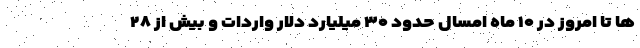
ها تا امروز در ۱۰ ماه امسال حدود ۳۰ میلیارد دلار واردات و بیش از ۲۸